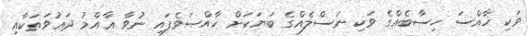
ވަކި ޚާއްސަ ހިސާބެއްގެ ވަކި ނަސްލެއްގެ ބަޔަކަށް ޚާއްޞަވެފައި ނުވާ ޢާއްމު ދަޢުވަތަކާއި